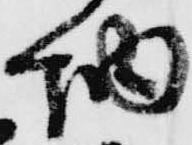
納